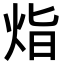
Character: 𭴛